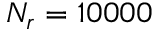
N _ { r } = 1 0 0 0 0